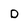
Character: D